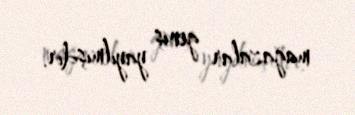
mağazalar geniş yayılmışdır.